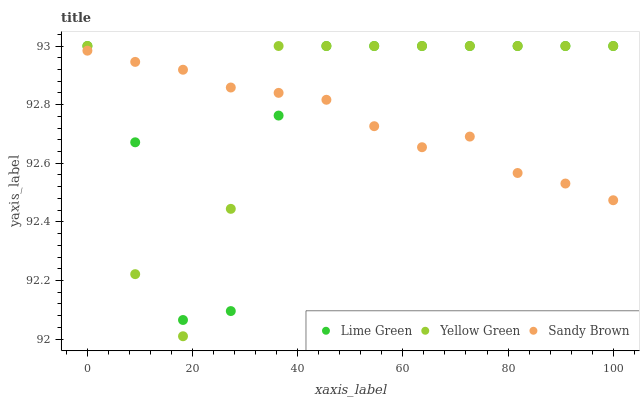
| xaxis_label | Lime Green | Yellow Green | Sandy Brown |
 | --- | --- | --- | --- |
 | 0 | 93 | 93 | 93 |
 | 9.09 | 92.7 | 92.2 | 92.9 |
 | 18.2 | 92.1 | 92 | 92.9 |
 | 27.3 | 92.1 | 92.4 | 92.9 |
 | 36.4 | 92.8 | 93 | 92.8 |
 | 45.5 | 93 | 93 | 92.8 |
 | 54.5 | 93 | 93 | 92.7 |
 | 63.6 | 93 | 93 | 92.7 |
 | 72.7 | 93 | 93 | 92.7 |
 | 81.8 | 93 | 93 | 92.6 |
 | 90.9 | 93 | 93 | 92.5 |
 | 100 | 93 | 93 | 92.5 |